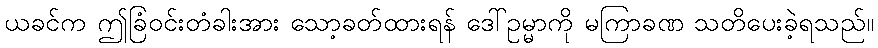
ယခင်က ဤခြံဝင်းတံခါးအား သော့ခတ်ထားရန် ဒေါ်ဥမ္မာကို မကြာခဏ သတိပေးခဲ့ရသည်။